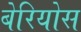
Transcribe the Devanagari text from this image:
बेरियोस